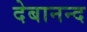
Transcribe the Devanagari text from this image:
देबानन्द